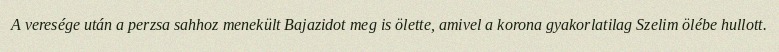
A veresége után a perzsa sahhoz menekült Bajazidot meg is ölette, amivel a korona gyakorlatilag Szelim ölébe hullott.